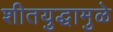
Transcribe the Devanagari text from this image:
शीतयुद्धामुळे